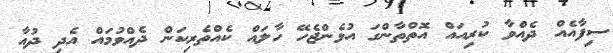
ސިފާއެއް ދެއްވާ ކުރިއައް އޮތްތާންގަ އުޅެންޖެހޭ ހާލައް ކެއްތެރިކަން ދެއްވުމައް އެދި ދުއާ